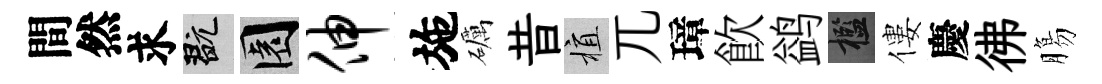
間然求玩園伸施礪昔植兀璋飮鹢檻僂慶彿膓